画像に写った文字を読んでください
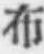
「布」と書いてあります